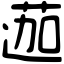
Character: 𨔽